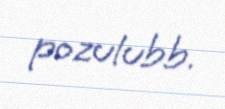
pozulubb.